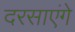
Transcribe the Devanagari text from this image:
दरसाएंगे